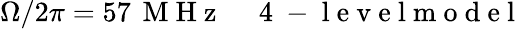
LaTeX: \Omega/2\pi=57\, \mathrm{~M~H~z~}\quad\mathrm{~4~-~l~e~v~e~l~m~o~d~e~l~}